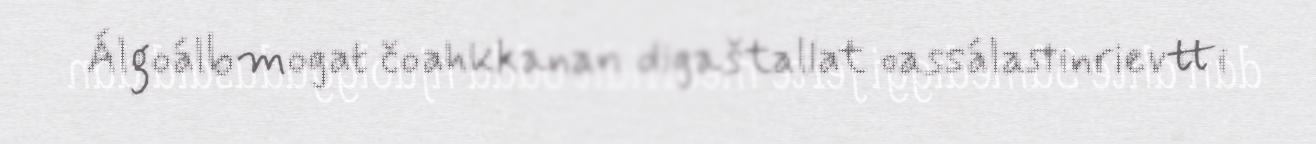
Álgoálbmogat čoahkkanan digaštallat oassálastinrievtti